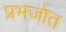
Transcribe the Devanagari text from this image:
प्रभजोत